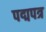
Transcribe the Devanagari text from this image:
पद्मपत्र